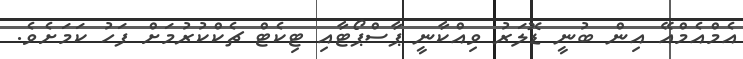
އެމްއެމްއޭ އިން ބުނީ ޑޮލަރު ވިއްކާނީ ޕާސްޕޯޓާއި ޓިކެޓް ޗެކްކުރުމަށް ފަހު ކަމަށެވެ.